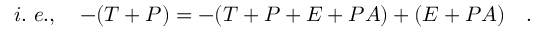
i . ~ e . , ~ ~ ~ - ( T + P ) = - ( T + P + E + P A ) + ( E + P A ) ~ ~ ~ .